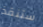
ستنقذ